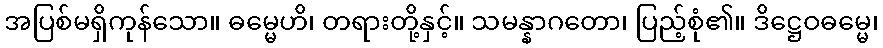
အပြစ်မရှိကုန်သော။ ဓမ္မေဟိ၊ တရားတို့နှင့်။ သမန္နာဂတော၊ ပြည့်စုံ၏။ ဒိဋ္ဌေဝဓမ္မေ၊